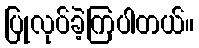
ပြုလုပ်ခဲ့ကြပါတယ်။